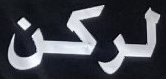
لركن